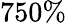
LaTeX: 750\%